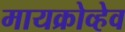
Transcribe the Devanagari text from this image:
मायक्रोव्हेव